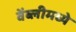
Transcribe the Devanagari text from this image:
वेंब्लीमध्ये